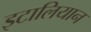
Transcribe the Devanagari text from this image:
इटालियान